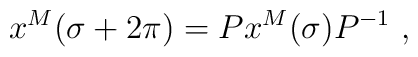
x^M(\sigma+2 \pi) = P x^M(\sigma) P^{-1}~,